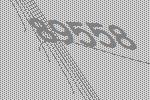
89558